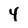
Character: 4